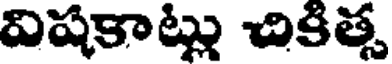
విషకాట్లు చికిత్స